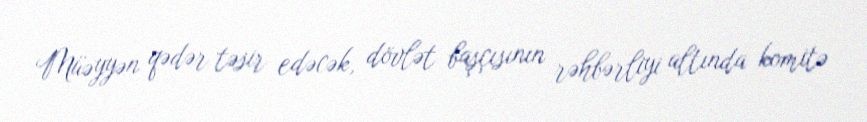
Müəyyən qədər təsir edəcək, dövlət başçısının rəhbərliyi altında komitə